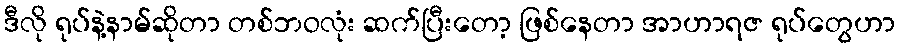
ဒီလို ရုပ်နဲ့နာမ်ဆိုတာ တစ်ဘဝလုံး ဆက်ပြီးတော့ ဖြစ်နေတာ အာဟာရဇ ရုပ်တွေဟာ